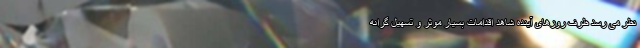
نظر می رسد ظرف روزهای آینده شاهد اقدامات بسیار موثر و تسهیل گرانه